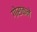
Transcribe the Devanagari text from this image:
गोराकने